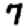
Digit: 7